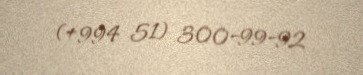
(+994 51) 300-99-92